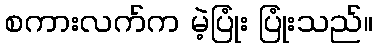
စကားလက်က မဲ့ပြုံး ပြုံးသည်။